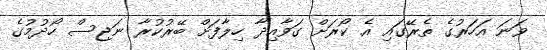
ވަނަ އަހަރުގެ ތެރޭގައި އެ ކޯރަށް ގަވާއިދާ ހިލާފަށް ބޭރުކުރާ ނަޖިސް ހޯދުމުގެ